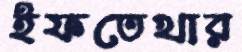
ইফতেখার